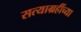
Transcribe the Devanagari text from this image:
सत्याग्रहींच्या